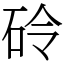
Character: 砱